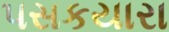
પસકયારા